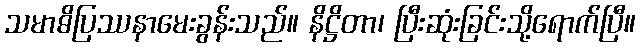
သမာဓိပြဿနာမေးခွန်းသည်။ နိဋ္ဌိတာ၊ ပြီးဆုံးခြင်းသို့ရောက်ပြီ။